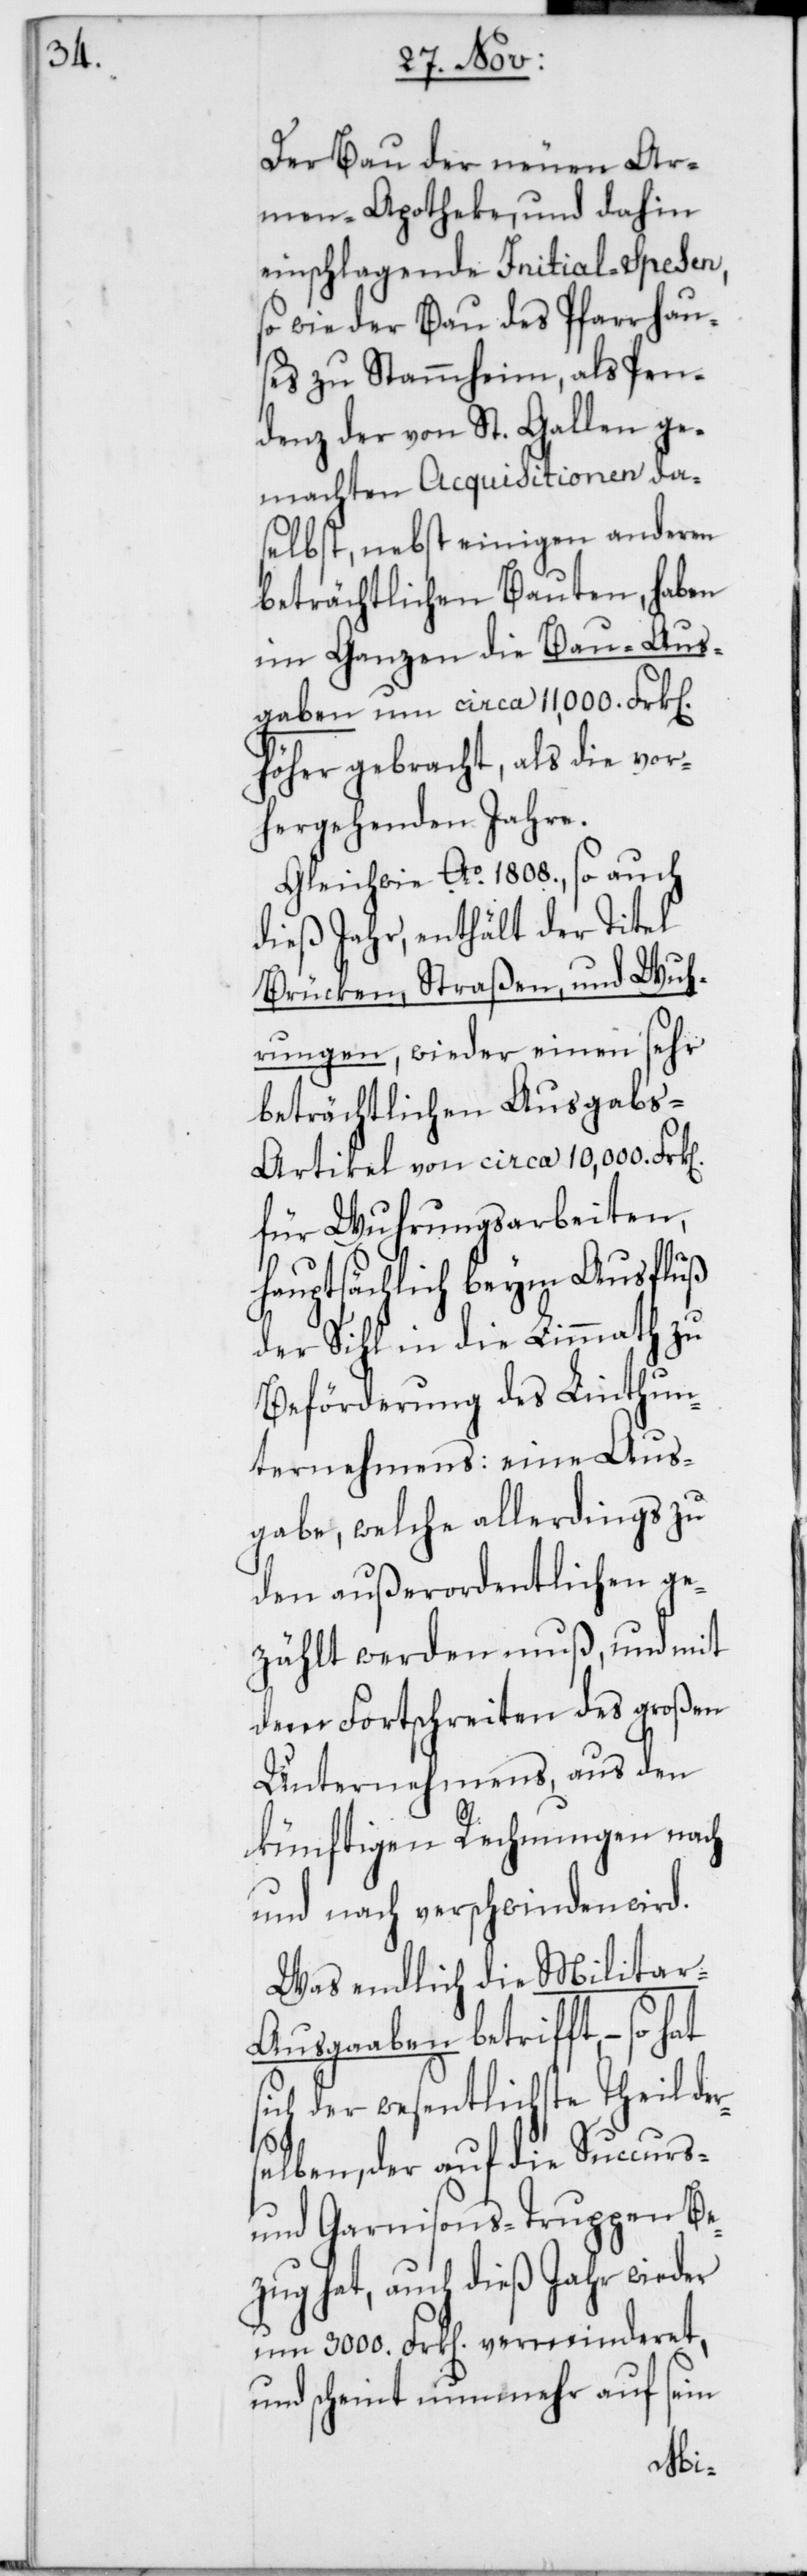
Der Bau der neuen Ar¬
men-Apotheke und dahin
einschlagende Initial-Spesen,
sowie der Bau des Pfarrhau¬
ses zu Stammheim, als Pen¬
denz der von St. Gallen ge¬
machten Acquisitionen da¬
selbst, nebst einigen anderen
beträchtlichen Bauten, haben
im Ganzen die Bau-Aus¬
gaben um circa 11,000 Frk.
höher gebracht, als die vor¬
hergehenden Jahre.
Gleichwie Ao. 1808., so auch
dieß Jahr, enthält der Titel
Brücken, Straßen, und Wuh¬
rungen, wieder einen sehr
beträchtlichen Ausgab¬
s-Artikel von circa 10,000. Frk.
für Wuhrungsarbeiten,
hauptsächlich beym Ausfluß
der Sihl in die Limmath zu
Beförderung des Linthun¬
ternehmens; eine Aus¬
gabe, welche allerdings zu
den außerordentlichen ge¬
zählt werden muß, und mit
dem Fortschreiten des großen
Unternehmens, aus den
künftigen Rechnungen nach
und nach verschwinden wird.
Was endlich die Militar-A¬
usgaben betrifft, – so
sich der wesentlichste Theil de¬
selben, der auf die Succurs-
und Garnisons-Truppen Be¬
zug hat, auch dieß Jahr wieder
um 3000. Frk. verminderet,
und scheint nunmehr auf sein
r¬